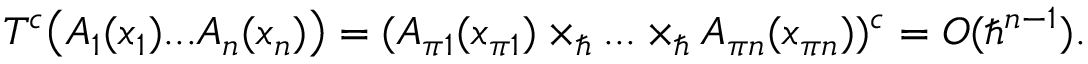
T ^ { c } \bigl ( A _ { 1 } ( x _ { 1 } ) . . . A _ { n } ( x _ { n } ) \bigr ) = ( A _ { \pi 1 } ( x _ { \pi 1 } ) \times _ { \hbar } . . . \times _ { \hbar } A _ { \pi n } ( x _ { \pi n } ) ) ^ { c } = { \cal O } ( \hbar ^ { n - 1 } ) .